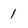
Character: 1